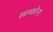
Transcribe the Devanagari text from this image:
स्त्रथ्कोना